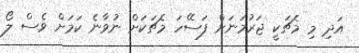
އަދި މި މެޗަކީ ޖަރުމަނަށް ފަސޭހަ މެޗަކަށް ނުވާނެ ކަމަށް ވެސް ލޯ